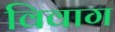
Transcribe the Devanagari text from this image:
विवाग